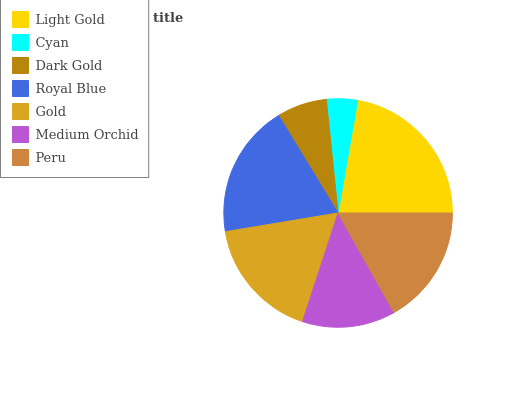
| Light Gold | Cyan | Dark Gold | Royal Blue | Gold | Medium Orchid | Peru |
 | --- | --- | --- | --- | --- | --- | --- |
 | 22.3% | 4.37% | 7.08% | 18.9% | 17.3% | 13.2% | 16.9% |